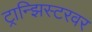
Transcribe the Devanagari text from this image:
ट्रान्झिस्टरवर